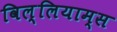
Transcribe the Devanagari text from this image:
विल्लियाम्स